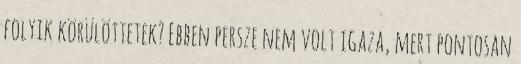
folyik körülöttetek? Ebben persze nem volt igaza, mert pontosan